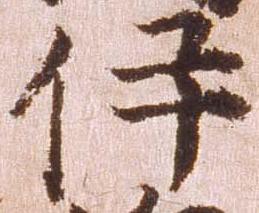
伊